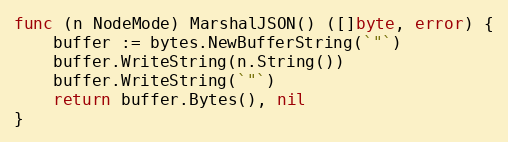
Language: Go
func (n NodeMode) MarshalJSON() ([]byte, error) {
	buffer := bytes.NewBufferString(`"`)
	buffer.WriteString(n.String())
	buffer.WriteString(`"`)
	return buffer.Bytes(), nil
}